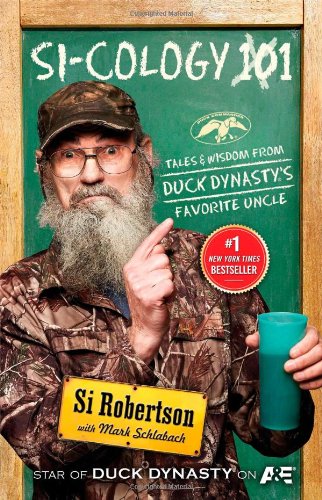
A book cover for Si-cology 1: Tales and Wisdom from Duck Dynasty's Favorite Uncle; Si Robertson; Sports & Outdoors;